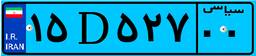
۱۵D۵۲۷۰۰